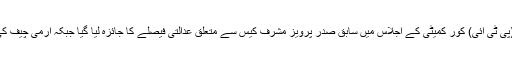
وزیراعظم عمران خان کے زیر صدارت پاکستان تحریک انصاف (پی ٹی آئی) کور کمیٹی کے اجلاس میں سابق صدر پرویز مشرف کیس سے متعلق عدالتی فیصلے کا جائزہ لیا گیا جبکہ آرمی چیف کی مدت ملازمت میں توسیع کے معاملے پر بھی مشاورت کی گئی۔